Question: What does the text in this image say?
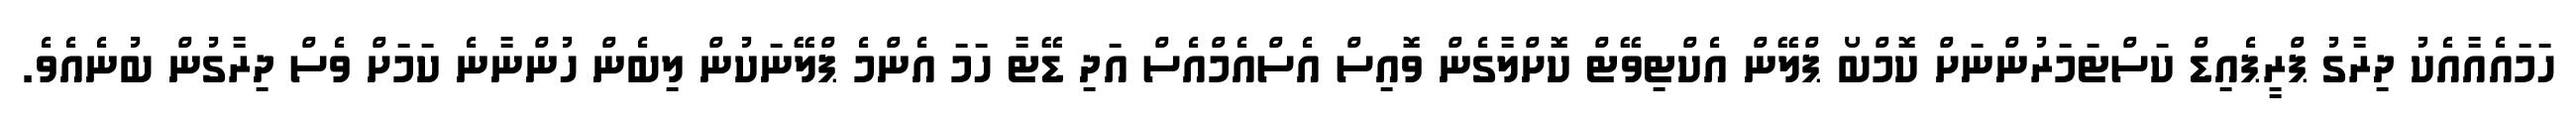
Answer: ހަމައެއާއެކު ދިރާގު ޕްރީޕެއިޑް ކަސްޓަމަރުންނަށް ކޮމްބޯ ޕްލޭން އެކްޓިވޭޓް ކޮށްލާގެން ވޮއިސް އެސްއެމްއެސް އަދި ޑޭޓާ ހަމަ އެންމެ ޕްލޭނަކުން ލިބެން ހުންނާނެ ކަމަށް ވެސް ދިރާގުން ބުނެއެވެ.